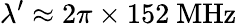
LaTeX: \lambda^{\prime}\approx 2\pi\times 152~\mathrm{MHz}